Civil Veterinary Dept. Bombay admin report 1900-1906 - 1900-1906
Year: 1900
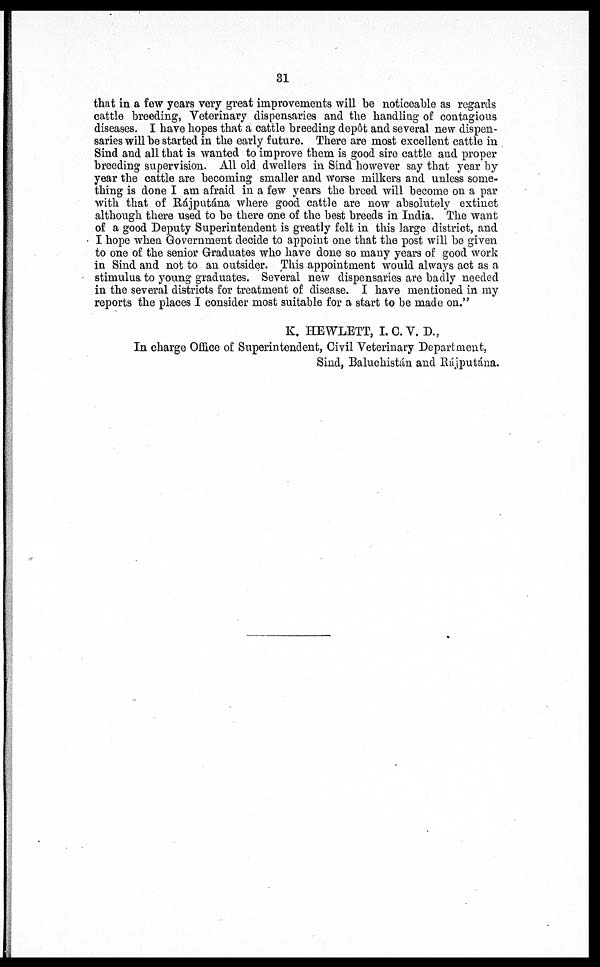
31
that in a few years very great improvements will be noticeable as regards
cattle breeding, Veterinary dispensaries and the handling of contagious
diseases. I have hopes that a cattle breeding dep6t and several new dispen-
saries will be started in the early future. There are most excellent cattle in
Sind and all that is wanted to improve them is good sire cattle and proper
breeding supervision. All old dwellers in Sind however say that year by
year the cattle are becoming smaller and worse milkers and unless some-
thing is done I am afraid in a few years the breed will become on a par
with that of Rájputána where good cattle are now absolutely extinct
although there used to be there one of the best breeds in India. The want
of a good Deputy Superintendent is greatly felt in this large district, and
I hope when Government decide to appoint one that the post will be given
to one of the senior Graduates who have done so many years of good work
in Sind and not to an outsider. This appointment would always act as a
stimulus, to young graduates. Several new dispensaries are badly needed
in the several districts for treatment of disease. I have mentioned in my
reports the places I consider most suitable for a start to be made on."
K. HEWLETT, I. C.V. D.,
In charge Office of Superintendent, Civil Veterinary Department,
Sind, Baluchistan and Rájputána.